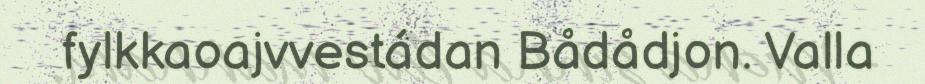
fylkkaoajvvestádan Bådådjon. Valla